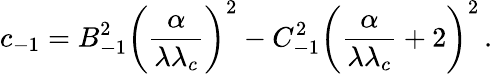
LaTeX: c_{-1}=B_{-1}^{2}\left(\frac{\alpha}{\lambda\lambda_{c}}\right)^{2}-C_{-1}^{2}\left(\frac{\alpha}{\lambda\lambda_{c}}+2\right)^{2}\, {.}